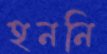
হননি